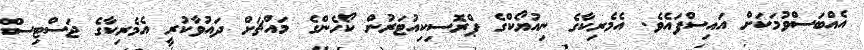
އެއްބަސްވުމަކަށް އައިސްފައެވެ. އެމެރިކާގެ ނިއުޔޯކްގެ ޕްރޮސިކިއުޓަރުން ކޯހެންގެ މައްޗަށް ދައުވާކުރީ އެމެރިކާގެ ޖަސްޓިސް